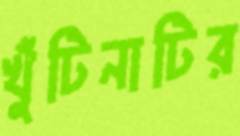
খুঁটিনাটির